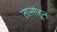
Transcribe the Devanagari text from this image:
तासांहून